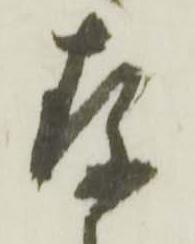
存